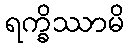
ရက္ခိဿာမိ